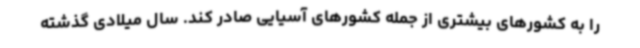
را به کشورهای بیشتری از جمله کشورهای آسیایی صادر کند. سال میلادی گذشته